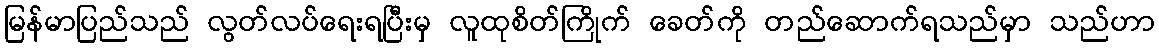
မြန်မာပြည်သည် လွတ်လပ်ရေးရပြီးမှ လူထုစိတ်ကြိုက် ခေတ်ကို တည်ဆောက်ရသည်မှာ သည်ဟာ